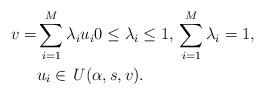
LaTeX: \begin{align*}v=&\sum_{i=1}^{M}\lambda_iu_i0\leq\lambda_i\leq 1,\, \sum_{i=1}^{M}\lambda_i=1,\\& u_i\in \mathit{U}(\alpha,s,v).\end{align*}